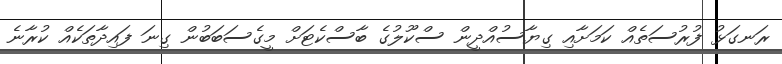
ރަނގަޅު ފުރުސަތެއް ކަމަށާއި ގިޔާސުއްދީން ސްކޫލުގެ ބާސްކެޓަށް މީގެސަބަބުން ގިނަ ފައިދާތަކެއް ކުރާނެ